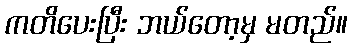
ကတိပေးပြီး ဘယ်တော့မှ မတည်။